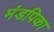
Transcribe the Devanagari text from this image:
मंडपिका